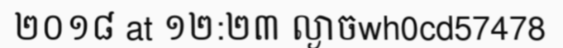
២០១៨ at ១២:២៣ ល្ងាចwh0cd57478